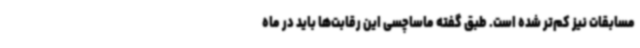
مسابقات نیز کم‌تر شده است. طبق گفته ماساچسی این رقابت‌ها باید در ماه